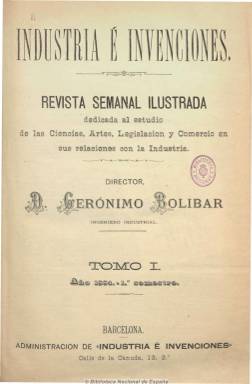
Título: Industria é invenciones
Colección: Industria
Ámbito geográfico: Barcelona
Lugar de publicación: Barcelona
Fechas: 05/01/1884-26/06/1915

Revista semanal ilustrada dedicada al estudio de las ciencias, artes, legislación y comercio en sus relaciones con la industria, la ganadería y la electricidad, dirigida por el ingeniero industrial Gerónimo Bolívar, que al ser nombrado director de la Oficina de Propiedad Industrial establecida en Barcelona, se convierte también en publicación oficiosa de la misma, incluyendo información sobre los registros de patentes y marcas y dibujos (logos) de las marcas solicitadas. Contiene artículos técnicos y profesionales, sobre descubrimientos científicos, mejoras, adelantos e inventos industriales, tanto manufactureros como agrícolas y de transportes y otros negocios, así como secciones de noticias varias, oficial (legislación), de subastas y de bibliografía. También da cabida a textos de conferencias e informaciones sobre exposiciones industriales y de economía en general y a otra sección sobre electricidad. Los artículos suelen ir acompañados de grabados y láminas descriptivas. Publicada en números de ocho páginas, que llega a ampliar hasta las 24, al incluir anuncios publicitarios. Con índices semestrales que aparecen al final de cada año de la colección digitalizada.